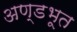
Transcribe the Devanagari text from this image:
अण्डभूत